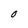
Character: O